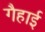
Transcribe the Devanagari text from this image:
गैहाई